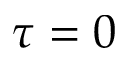
\tau = 0